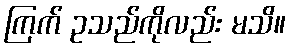
ကြက် ဥသည်ကိုလည်း မသိ။